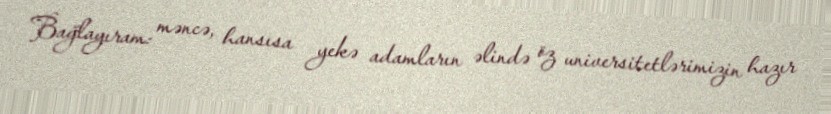
Bağlayıram: məncə, hansısa yekə adamların əlində öz universitetlərimizin hazır